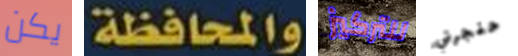
يكن والمحافظة للتركيز حنجرتي